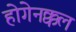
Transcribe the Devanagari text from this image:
होगेनक्कल